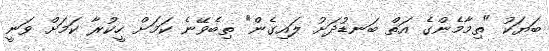
ބަޔަކު "ތިމާމެންގެ އަތް ބަނޑުދަށު ލައިގެން" ތިބެވޭނެ ކަމަށް ހީކުރާ ކަމަށް ވަނީ